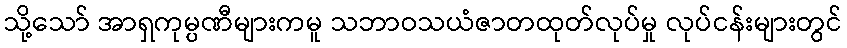
သို့သော် အာရှကုမ္ပဏီများကမူ သဘာဝသယံဇာတထုတ်လုပ်မှု လုပ်ငန်းများတွင်